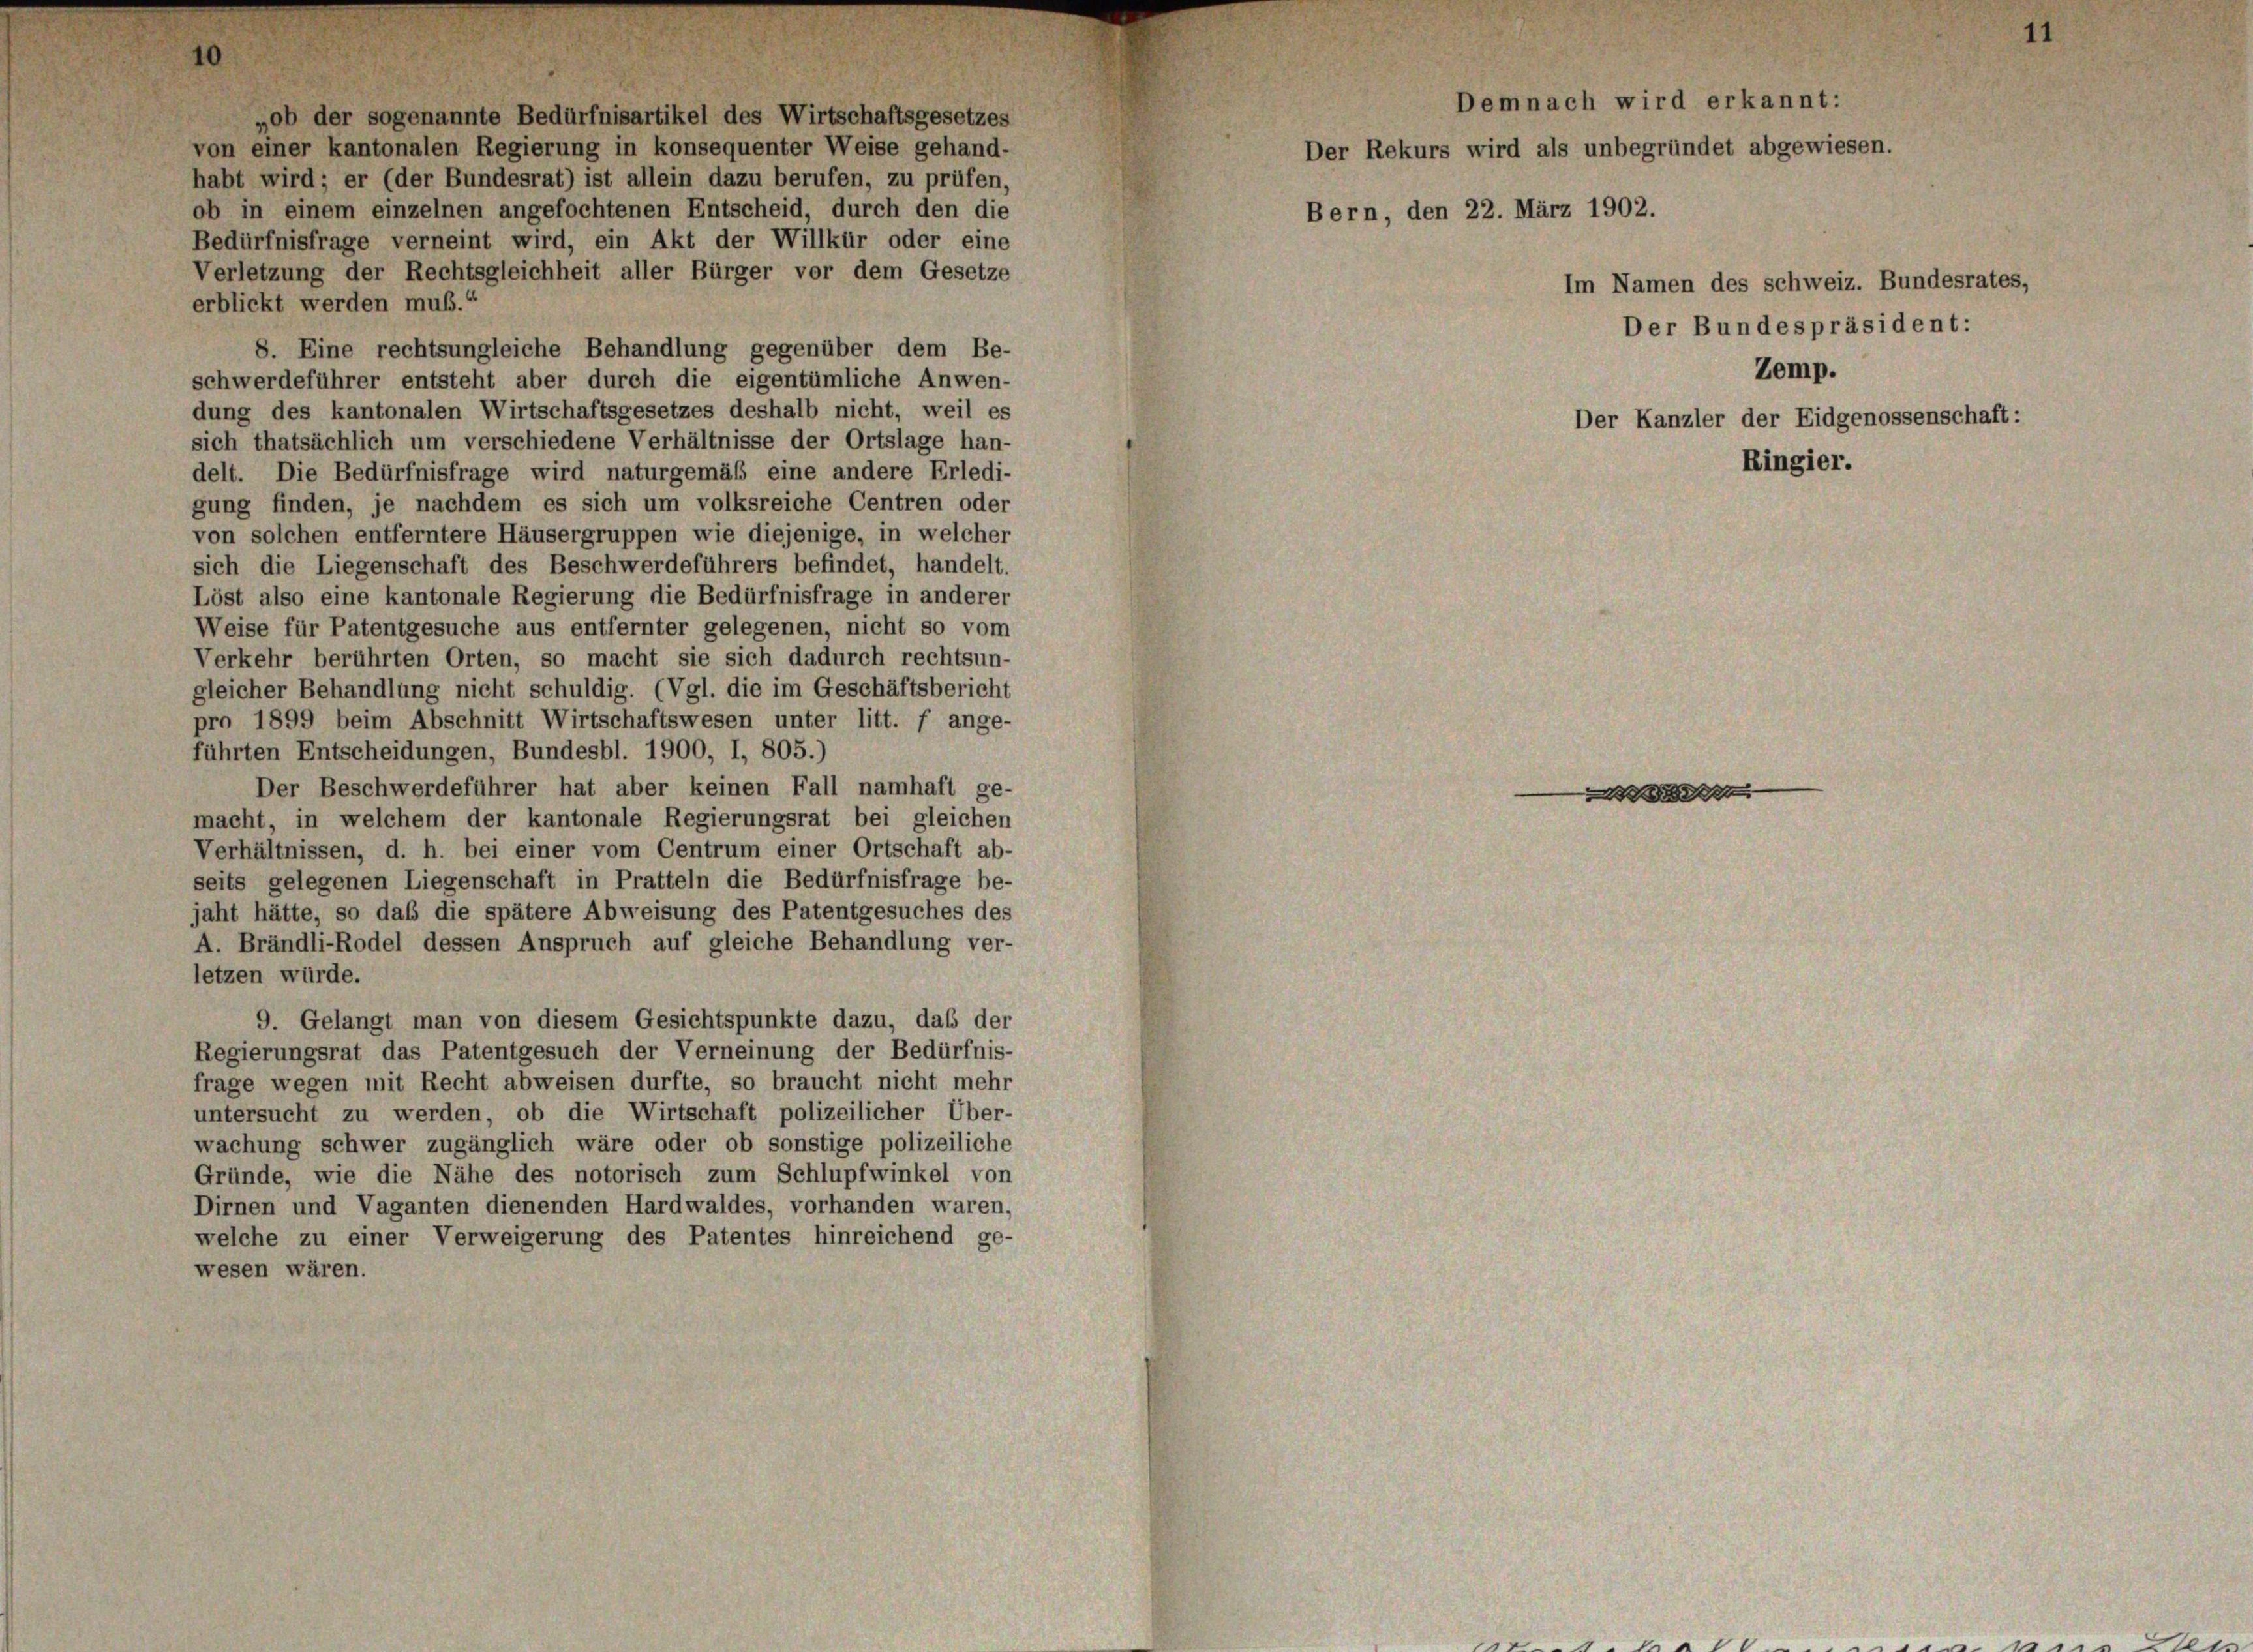
1.

Bedürfnisfrage verneint wird, ein Akt der Willkür oder eine
Verletzung der Rechtsgleichheit aller Bürger vor dem Gesetze
erblickt werden muß.“
8. Eine rechtsungleiche Behandlung gegenüber dem Be-
schwerdeführer entsteht aber durch die eigentümliche Anwen-
dung des kantonalen Wirtschaftsgesetzes deshalb nicht, weil es
sich thatsächlich um verschiedene Verhältnisse der Ortslage han-
delt. Die Bedürfnisfrage wird naturgemäß eine andere Erledi-
gung finden, je nachdem es sich um volksreiche Centren oder
von solchen entferntere Häusergruppen wie diejenige, in welcher
sich die Liegenschaft des Beschwerdeführers befindet, handelt.
Löst also eine kantonale Regierung die Bedürfnisfrage in anderer
Weise für Patentgesuche aus entfernter gelegenen, nicht so vom
Verkehr berührten Orten, so macht sie sich dadurch rechtsun-
gleicher Behandlung nicht schuldig. (Vgl. die im Geschäftsbericht
pro 1899 beim Abschnitt Wirtschaftswesen unter litt. f ange-
führten Entscheidungen, Bundesbl. 1900, I, 805.)
Der Beschwerdeführer hat aber keinen Fall namhaft ge-
macht, in welchem der kantonale Regierungsrat bei gleichen
Verhältnissen, d. h. bei einer vom Centrum einer Ortschaft ab-
seits gelegenen Liegenschaft in Pratteln die Bedürfnisfrage be-
jaht hätte, so das die spätere Abweisung des Patentgesuches des
A. Brändli-Rodel dessen Anspruch auf gleiche Behandlung ver-
letzen würde.
9. Gelangt man von diesem Gesichtspunkte dazu, daß der
Regierungsrat das Patentgesuch der Verneinung der Bedürfnis-
frage wegen mit Recht abweisen durfte, so braucht nicht mehr
untersucht zu werden, ob die Wirtschaft polizeilicher Über-
wachung schwer zugänglich wäre oder ob sonstige polizeiliche
Gründe, wie die Nähe des notorisch zum Schlupfwinkel von
Dirnen und Vaganten dienenden Hardwaldes, vorhanden waren,
welche zu einer Verweigerung des Patentes hinreichend ge-
wesen wären.

„ob der sogenannte Bedürfnisartikel des Wirtschaftsgesetzes
von einer kantonalen Regierung in konsequenter Weise gehand-
habt wird; er (der Bundesrat) ist allein dazu berufen, zu prüfen,
ob in einem einzelnen angefochtenen Entscheid, durch den die

Demnach wird erkannt:
Im Namen des schweiz. Bundesrates,
Der Bundespräsident:
Zemp.
Der Kanzler der Eidgenossenschaft:
Ringier.

Bern, den 22. März 1902.

Der Rekurs wird als unbegründet abgewiesen.